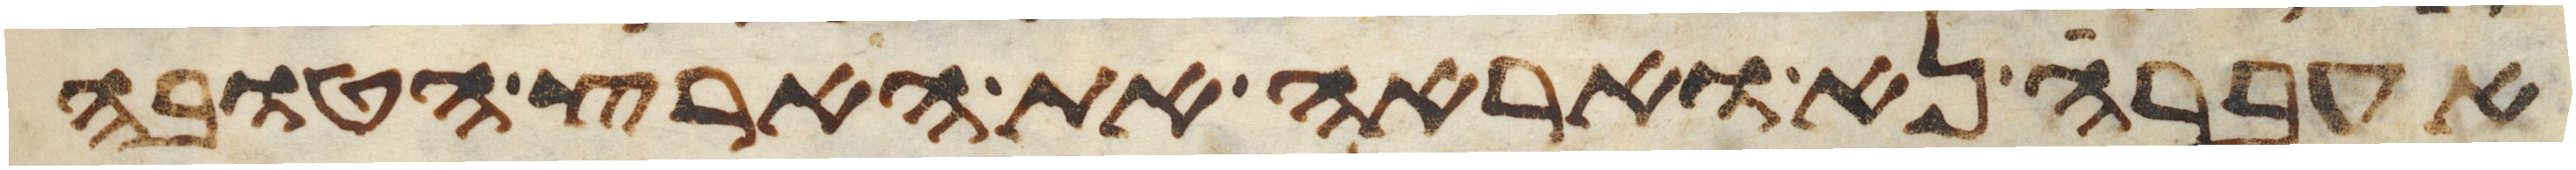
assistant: אעברה נא ואראה את הארץ הטובה